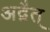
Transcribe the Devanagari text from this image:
अद्वैत्